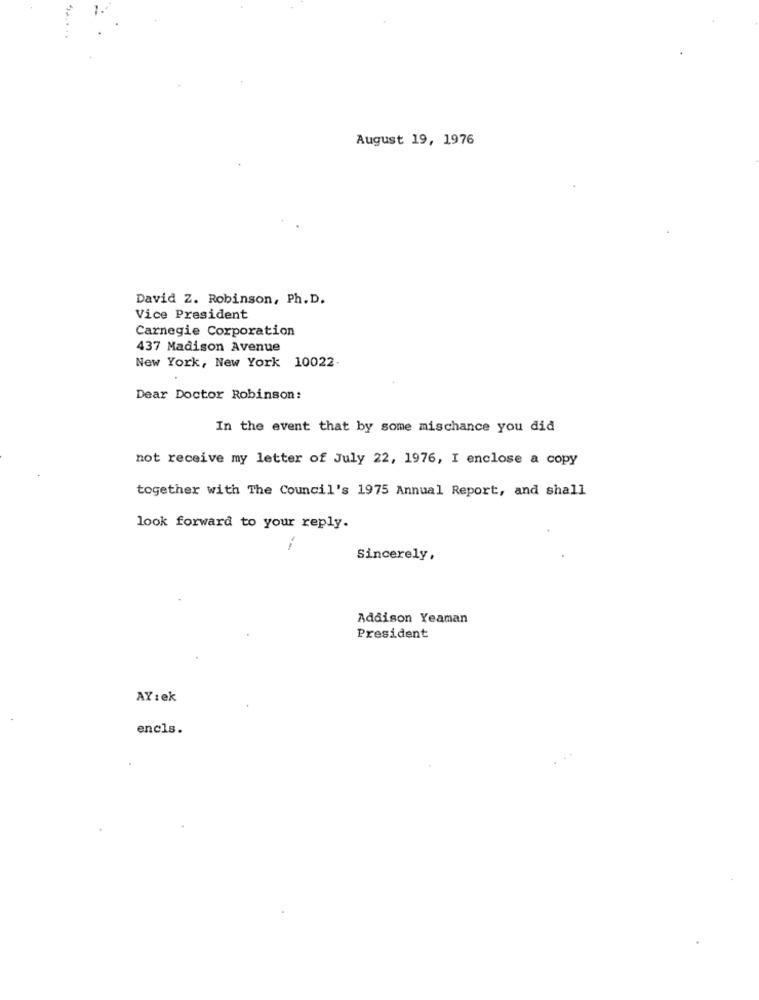
August 19, 1976
David Z. Robinson, Ph. D.
Vice President
Carnegie Corporation
437 Madison Avenue
New York, New York 10022-
Dear Doctor Robinson:
In the event that by some mischance you did
not receive my letter of July 22, 1976, I enclose a copy
together with The Council's 1975 Annual Report, and shall
look forward to your reply.
Sincerely,
Addison Yeaman
President
AY : ek
encls.